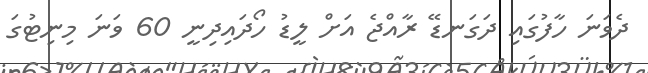
ދެވަނަ ހާފުގައި ދަގަނޑޭ ރާއްޖެ އަށް ލީޑު ހޯދައިދިނީ 60 ވަނަ މިނިޓުގަ